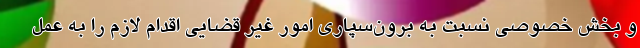
و بخش خصوصی نسبت به برون‌سپاری امور غیر قضایی اقدام لازم را به عمل